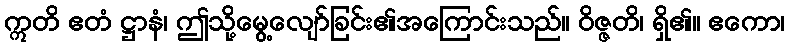
ဣတိ ဧတံ ဋ္ဌာနံ၊ ဤသို့မွေ့လျော်ခြင်း၏အကြောင်းသည်။ ဝိဇ္ဇတိ၊ ရှိ၏။ ဧကော၊